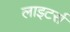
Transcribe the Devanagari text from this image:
लाइटर्स